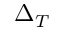
\Delta _ { T }